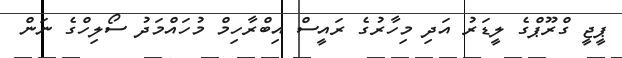
ޕީޖީ ގްރޫޕްގެ ލީޑަރު އަދި މިހާރުގެ ރައީސް އިބްރާހިމް މުހައްމަދު ސޯލިހްގެ ނަން